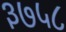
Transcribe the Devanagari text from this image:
३७५८